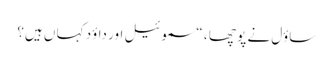
ساؤل نے پو چھا ، “سموئیل اور داؤد کہا ں ہیں؟